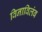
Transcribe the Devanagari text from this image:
विनाविलंब